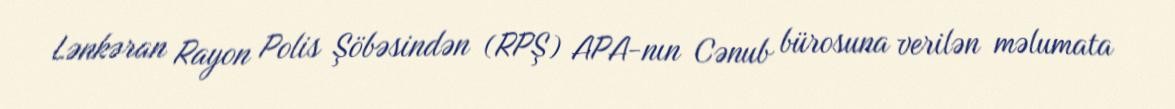
Lənkəran Rayon Polis Şöbəsindən (RPŞ) APA-nın Cənub bürosuna verilən məlumata